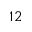
1 2